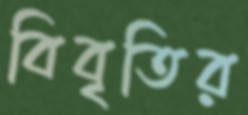
বিবৃতির